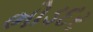
ભોડદર